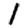
Digit: 1